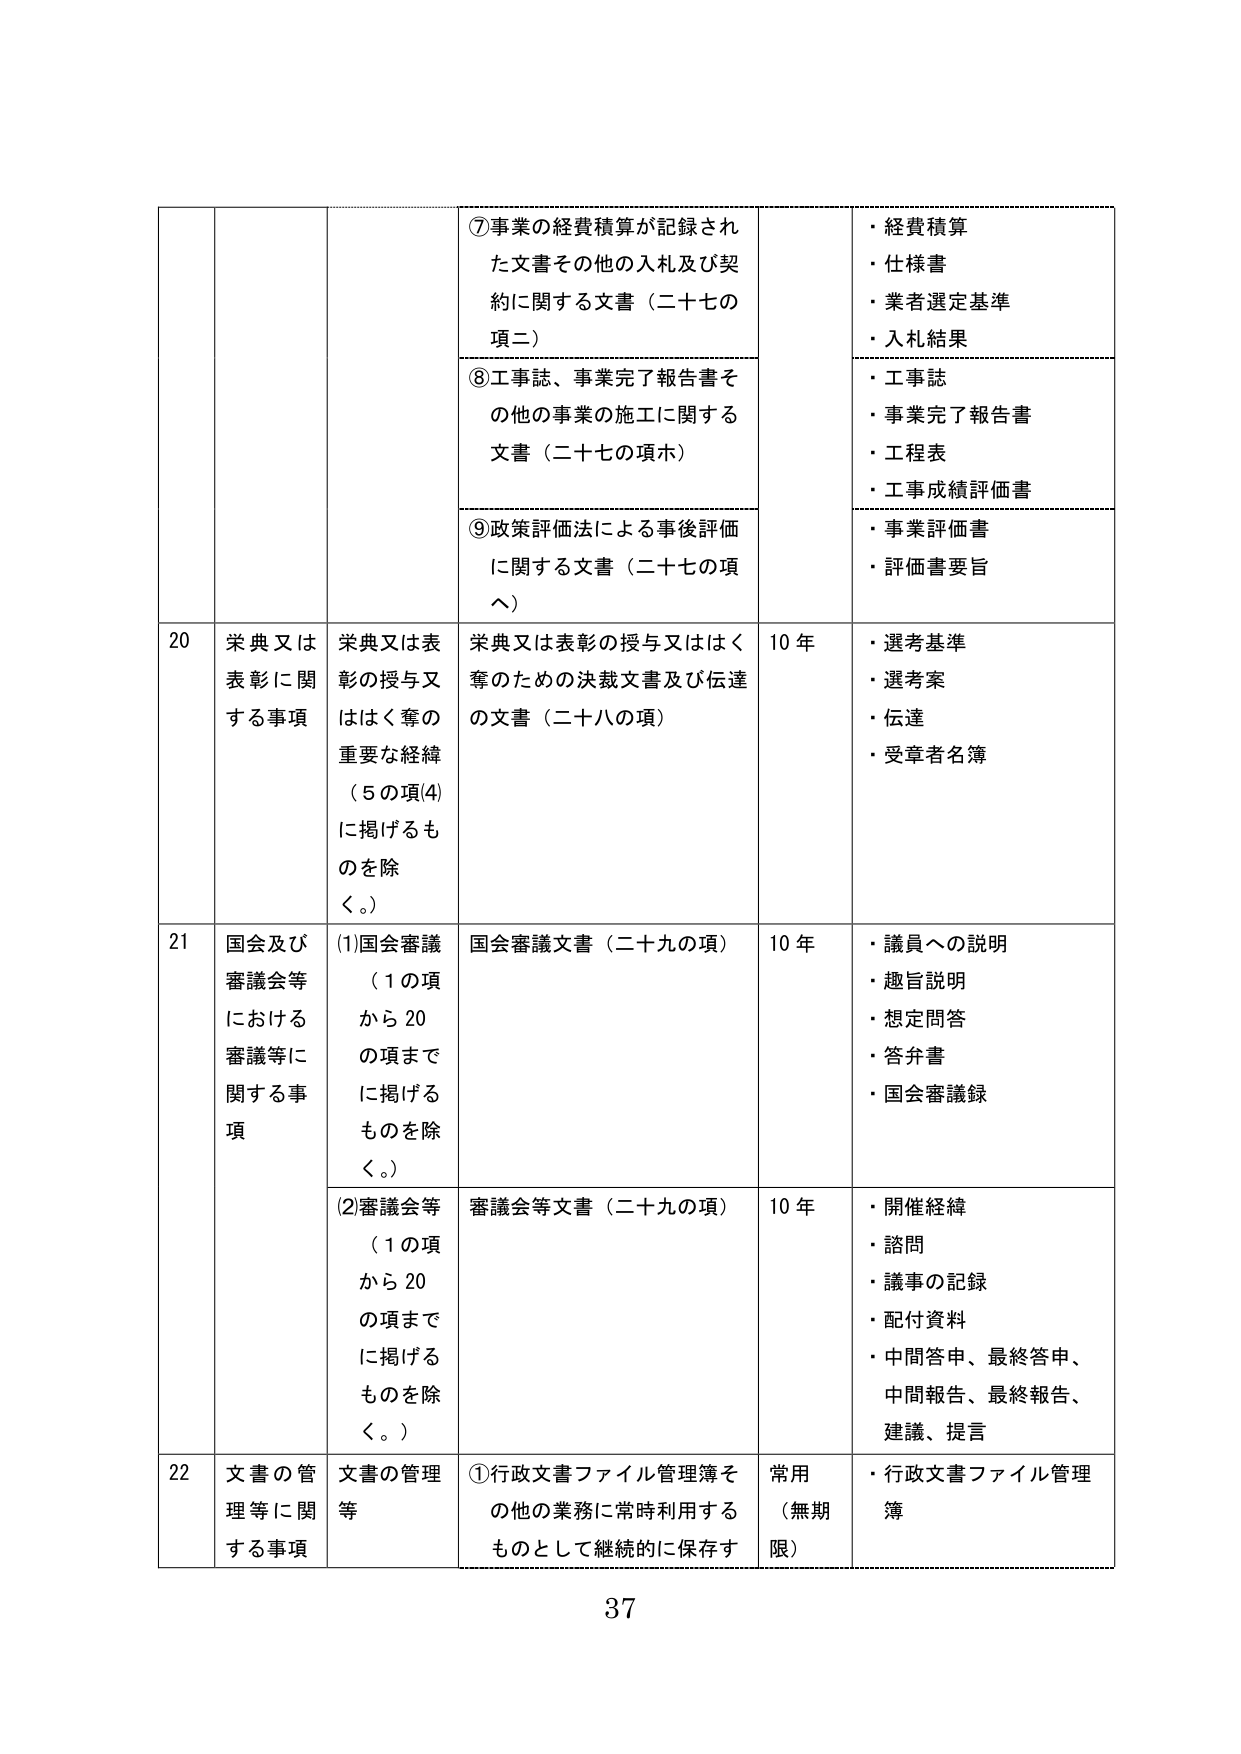
⑦事業の経費積算が記録された文書その他の入札及び契約に関する文書（二十七の項二）
・経費積算
・仕様書
・業者選定基準
・入札結果

⑧工事誌、事業完了報告書その他の事業の施工に関する文書（二十七の項ホ）
・工事誌
・事業完了報告書
・工程表
・工事成績評価書

⑨政策評価法による事後評価に関する文書（二十七の項ヘ）
・事業評価書
・評価書要旨

20 栄典又は表彰に関する事項
栄典又は表彰の授与又ははく奪のための決裁文書及び伝達の文書（二十八の項）
10年
・選考基準
・選考案
・伝達
・受章者名簿

21 国会及び審議会等における審議等に関する事項
(1)国会審議（1の項から20の項までに掲げるものを除く。）
国会審議文書（二十九の項）
10年
・議員への説明
・趣旨説明
・想定問答
・答弁書
・国会審議録

(2)審議会等（1の項から20の項までに掲げるものを除く。）
審議会等文書（二十九の項）
10年
・開催経緯
・諮問
・議事の記録
・配付資料
・中間答申、最終答申、中間報告、最終報告、建議、提言

22 文書の管理等に関する事項
文書の管理等
①行政文書ファイル管理簿その他の業務に常時利用するものとして継続的に保存す
常用（無期限）
・行政文書ファイル管理簿

37